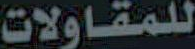
للمقاولات